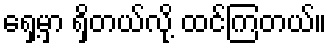
ရှေ့မှာ ရှိတယ်လို့ ထင်ကြတယ်။